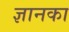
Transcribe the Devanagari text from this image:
ज्ञानका